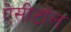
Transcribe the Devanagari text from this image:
ऐसीटॉल